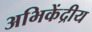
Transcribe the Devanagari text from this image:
अभिकेंद्रीय